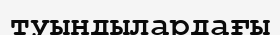
туындылардағы